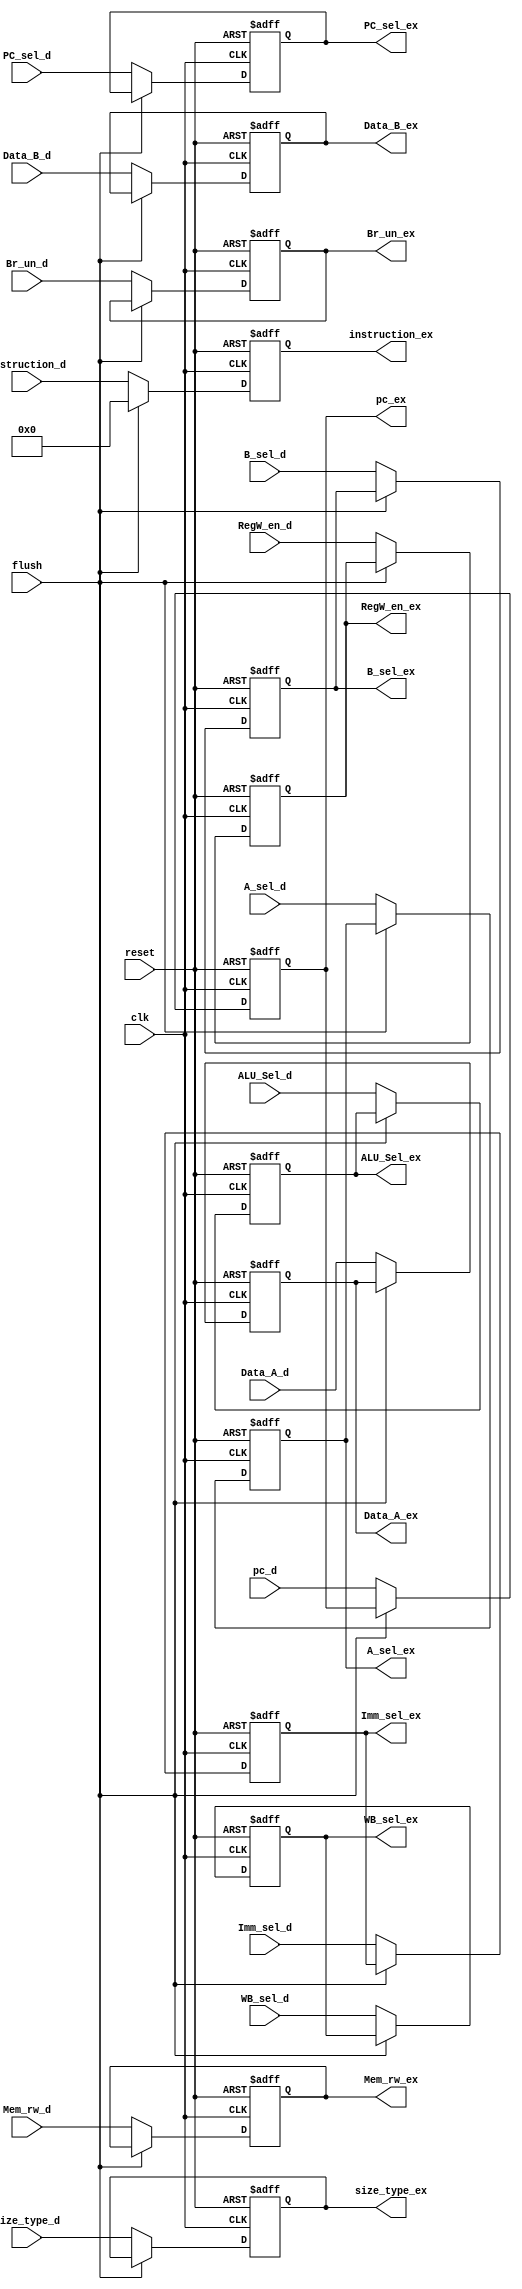
module Reg_ID_Ex #(parameter WIDTH = 32)
(
    //Inputs
    input clk,reset,
    input [WIDTH-1:0] pc_d,
    input [WIDTH-1:0] instruction_d,Data_A_d,Data_B_d,
    input PC_sel_d, Br_un_d, A_sel_d, B_sel_d, RegW_en_d, Mem_rw_d,flush,
    input [2:0] Imm_sel_d,
    input [1:0] WB_sel_d,
    input [2:0] size_type_d,
    input [3:0] ALU_Sel_d,
    //Outputs
    output reg [WIDTH-1:0] pc_ex,instruction_ex,Data_A_ex,Data_B_ex,
    output reg PC_sel_ex, Br_un_ex, A_sel_ex, B_sel_ex, RegW_en_ex, Mem_rw_ex,
    output reg [2:0] Imm_sel_ex,
    output reg [1:0] WB_sel_ex,
    output reg [2:0] size_type_ex,
    output reg [3:0] ALU_Sel_ex
);

always @(posedge clk,posedge reset)
begin
    if(reset)begin
		            pc_ex  <= 32'h0;
    		instruction_ex     <=     32'h0;
    		PC_sel_ex          <=     1'b0;
		Data_A_ex          <=     32'h0;
    		Data_B_ex          <=     32'h0;  
    		Imm_sel_ex         <=     2'b00;
    		Br_un_ex           <=     1'b0;
    		A_sel_ex           <=     1'b0;
    		B_sel_ex           <=     1'b0;
    		RegW_en_ex         <=     1'b0;
    		Mem_rw_ex          <=     1'b0;  
    		WB_sel_ex          <=     2'b00;
    		size_type_ex       <=     3'b000;
    		ALU_Sel_ex         <=     4'b0000; 
     		end
    else if(flush)begin 
          instruction_ex     <=     32'h0;
 	end
 
    else  
    begin

                pc_ex  <= pc_d;
    instruction_ex     <=     instruction_d;
    PC_sel_ex          <=     PC_sel_d;
    Data_A_ex          <=     Data_A_d;
    Data_B_ex          <=     Data_B_d;  
    Imm_sel_ex         <=     Imm_sel_d;
    Br_un_ex           <=     Br_un_d;
    A_sel_ex           <=     A_sel_d;
    B_sel_ex           <=     B_sel_d;
    RegW_en_ex         <=     RegW_en_d;
    Mem_rw_ex          <=     Mem_rw_d;  
    WB_sel_ex          <=     WB_sel_d;
    size_type_ex       <=     size_type_d;
    ALU_Sel_ex         <=     ALU_Sel_d;
    end          
end   
endmodule